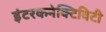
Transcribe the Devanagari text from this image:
इंटरकनेक्टिविटी